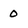
Character: 0